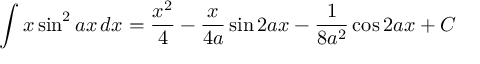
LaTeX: \int x \sin ^ { 2 } { a x } \, d x = { \frac { x ^ { 2 } } { 4 } } - { \frac { x } { 4 a } } \sin 2 a x - { \frac { 1 } { 8 a ^ { 2 } } } \cos 2 a x + C